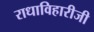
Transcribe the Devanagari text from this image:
राधाविहारीजी